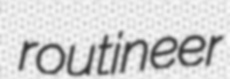
routineer